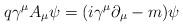
LaTeX: \begin{align*}q \gamma^{\mu}A_{\mu}\psi = (i \gamma^{\mu}\partial_{\mu} - m) \psi\end{align*}